Leaving Certificate Examination, 1912
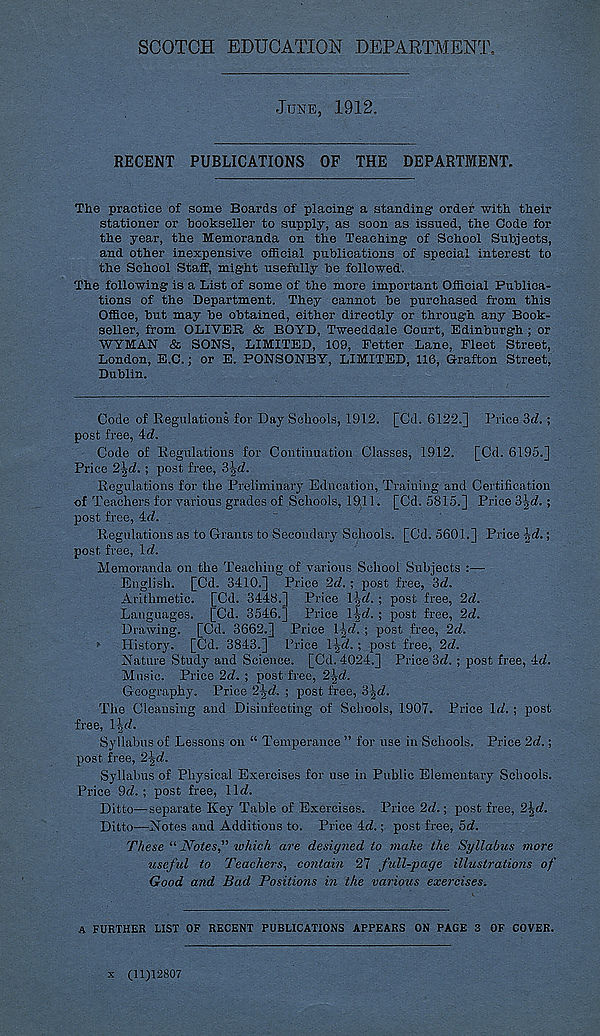
SCOTCH EDUCATION DEPARTMENT,
JUNE, 1912.
RECENT PUBLICATIONS OF THE DEPARTMENT.
The practice of some Boards of placing a standing order -with their
stationer or bookseller to supply, as soon as issued, the Code for
the year, the Memoranda on the Teaching of School Subjects,
and other inexpensive official publications of special interest to
the School Staff, might usefully be followed.
The following is a List of some of the more important Official Publica-
tions of the Department. They cannot be purchased from this
Office, but may be obtained, either directly or through any Book-
seller, from OLIVER & BOYD, Tweeddale Court, Edinburgh ; or
WYMAN & SONS, LIMITED, 109, Fetter Lane, Fleet Street,
London, E.C.; or E. PONSONBY, LIMITED, 116, Grafton Street,
Dublin.
Code of Regulations for Day Schools, 1912. [Cd. 6122.] Price 'id.;
post free, 4rf.
Code of Regulations for Continuation Classes, 1912. [Cd. 6195.]
Price 2\d.; post free, i\d.
Regulations for the Preliminary Education, Training and Certification
of Teachers for various grades of Schools, 1911. [Cd. 5815.] Price i\d. ;
post free, 4rf.
Regulations as to Grants to Secondary Schools. [Cd. 5601.] Price \d.;
post free, l(f.
Memoranda on the Teaching of various School Subjects :—
English. [Cd. 3410.] Price 2d. ; post free, 3d.
Arithmetic. [Cd. 3448.] Price 1-^d.; post free, 2d.
Languages. [Cd. 3546.] Price l^d. ; post free, 2d.
Drawing. [Cd. 3662.] Price 1-^d. ; post free, 2d.
> History. [Cd. 3843.] Price l\d. ; post free, 2d.
Nature Study and Science. [Cd. 4024.] Price id.; post free, 4d.
Music. Price 2d. ; post free, 2-|cf.
Geography, Price 2\d. ; post free, i\d.
The Cleansing and Disinfecting of Schools, 1907. Price \d. ; post
free, Hrf.
Syllabus of Lessons on “ Temperance ” for use in Schools. Price 2d.;
post free, 2\d.
Syllabus of Physical Exercises for use in Public Elementary Schools.
Price 9(7. ; post free, \\d.
Ditto—separate Key Table of Exercises. Price 2d.; post free, 2\d.
Ditto—Notes and Additions to. Price 4(7.; post free, id.
These “ Notes," ivldch are designed to make the Syllabus more
useful to Teachers, co?itain 27 full-page illustrations of
Good and Bad Positions in the various exercises.
A FURTHER LIST OF RECENT PUBLICATIONS APPEARS ON PAGE 3 OF COVER.
x (11)12807